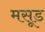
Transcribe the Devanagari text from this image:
मसूड